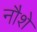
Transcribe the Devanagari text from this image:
नौशे